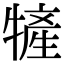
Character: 㹌